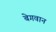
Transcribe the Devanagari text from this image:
बेगवान